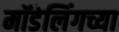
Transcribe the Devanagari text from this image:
मॉडेलिंगच्या